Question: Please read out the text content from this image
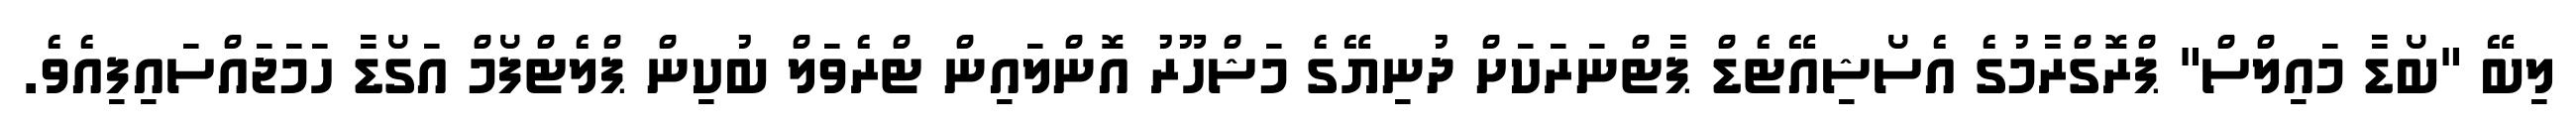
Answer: ލިބޭ "ބޯޑާ މައިލްސް" ޕްރޮގްރާމުގެ އެސޯޝިއޭޓެޑް ޕާޓްނަރަކަށް ދުނިޔޭގެ މަޝްހޫރު އޮންލައިން ޓްރެވަލް ބުކިން ޕްލެޓްފޯމް އަގޯޑާ ހަމަޖައްސައިފިއެވެ.